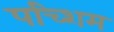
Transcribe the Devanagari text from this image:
पच्शिम